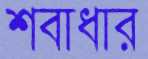
শবাধার